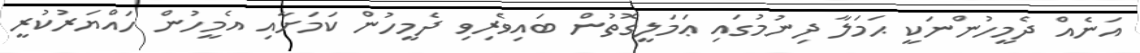
އަނެއް ދެމީހުންނަކީ ޙަމަލާ ދިނުމުގައި ޢަމަލީގޮތުން ބައިވެރިވި ދެމީހުން ކަމަށާއި އެމީހުން ހައްޔަރުކުރީ